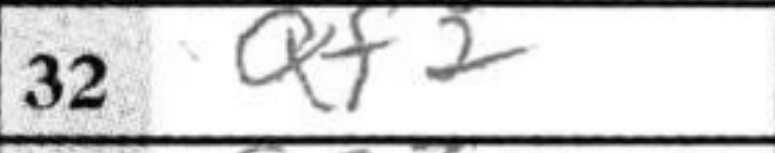
Transcription: Qf2